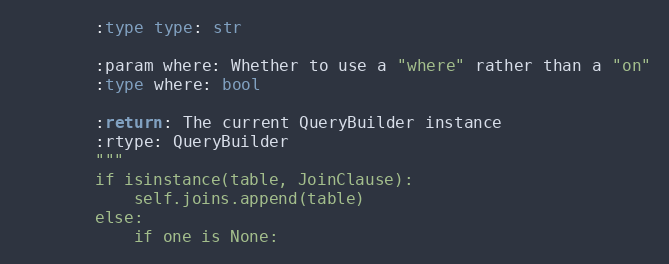
Language: Python
        :type type: str

        :param where: Whether to use a "where" rather than a "on"
        :type where: bool

        :return: The current QueryBuilder instance
        :rtype: QueryBuilder
        """
        if isinstance(table, JoinClause):
            self.joins.append(table)
        else:
            if one is None: